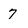
Character: 7